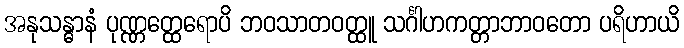
အနုသန္ဓာနံ ပုဏ္ဏတ္ထေရောပိ ဘဝသာတဝတ္ထူ သင်္ဂါဟကတ္တာဘာဝတော ပရိဟာယိ